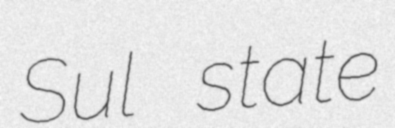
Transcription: Sul state